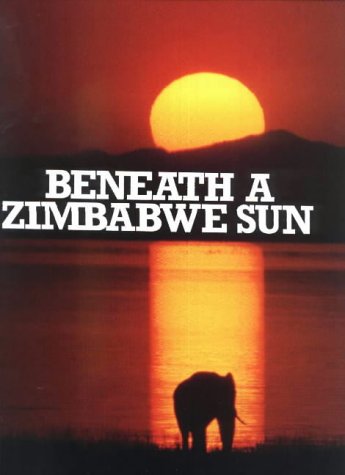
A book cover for Beneath a Zimbabwe Sun; Beverley Whyte; Travel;